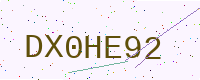
Text: DX0HE92